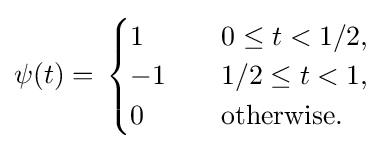
\psi (t)=\,{\begin{cases}1\quad &0\leq t<1/2,\\-1\quad &1/2\leq t<1,\\0\quad &{\text{otherwise.}}\end{cases}}